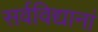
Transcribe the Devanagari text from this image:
सर्वविद्यानां